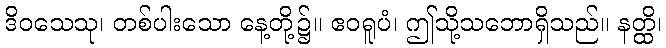
ဒိဝသေသု၊ တစ်ပါးသော နေ့တို့၌။ ဧဝရူပံ၊ ဤသို့သဘောရှိသည်။ နတ္ထိ၊